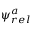
\psi _ { r e l } ^ { a }